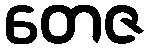
တေဇ